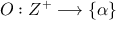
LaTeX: { \cal O } : Z ^ { + } \longrightarrow \{ \alpha \}